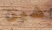
شين